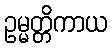
ဥမ္မတ္တိကာယ